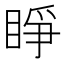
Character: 睜